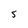
Character: 5